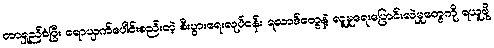
တာရှည်ခံပြီး ရောယှက်ပေါင်းစည်းတဲ့ စီးပွားရေးလုပ်ငန်း ရလာဒ်တွေနဲ့ လူမှုရေးပြောင်းလဲမှုတွေကို ရယူဖို့